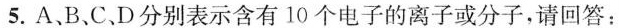
5.A、B、C.D分别表示含有10个电子的离子或分子，请回答：